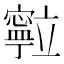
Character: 𮄽